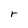
Character: r